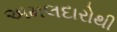
અમલદારોથી